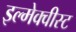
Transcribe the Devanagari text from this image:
इल्मेक्वीस्ट